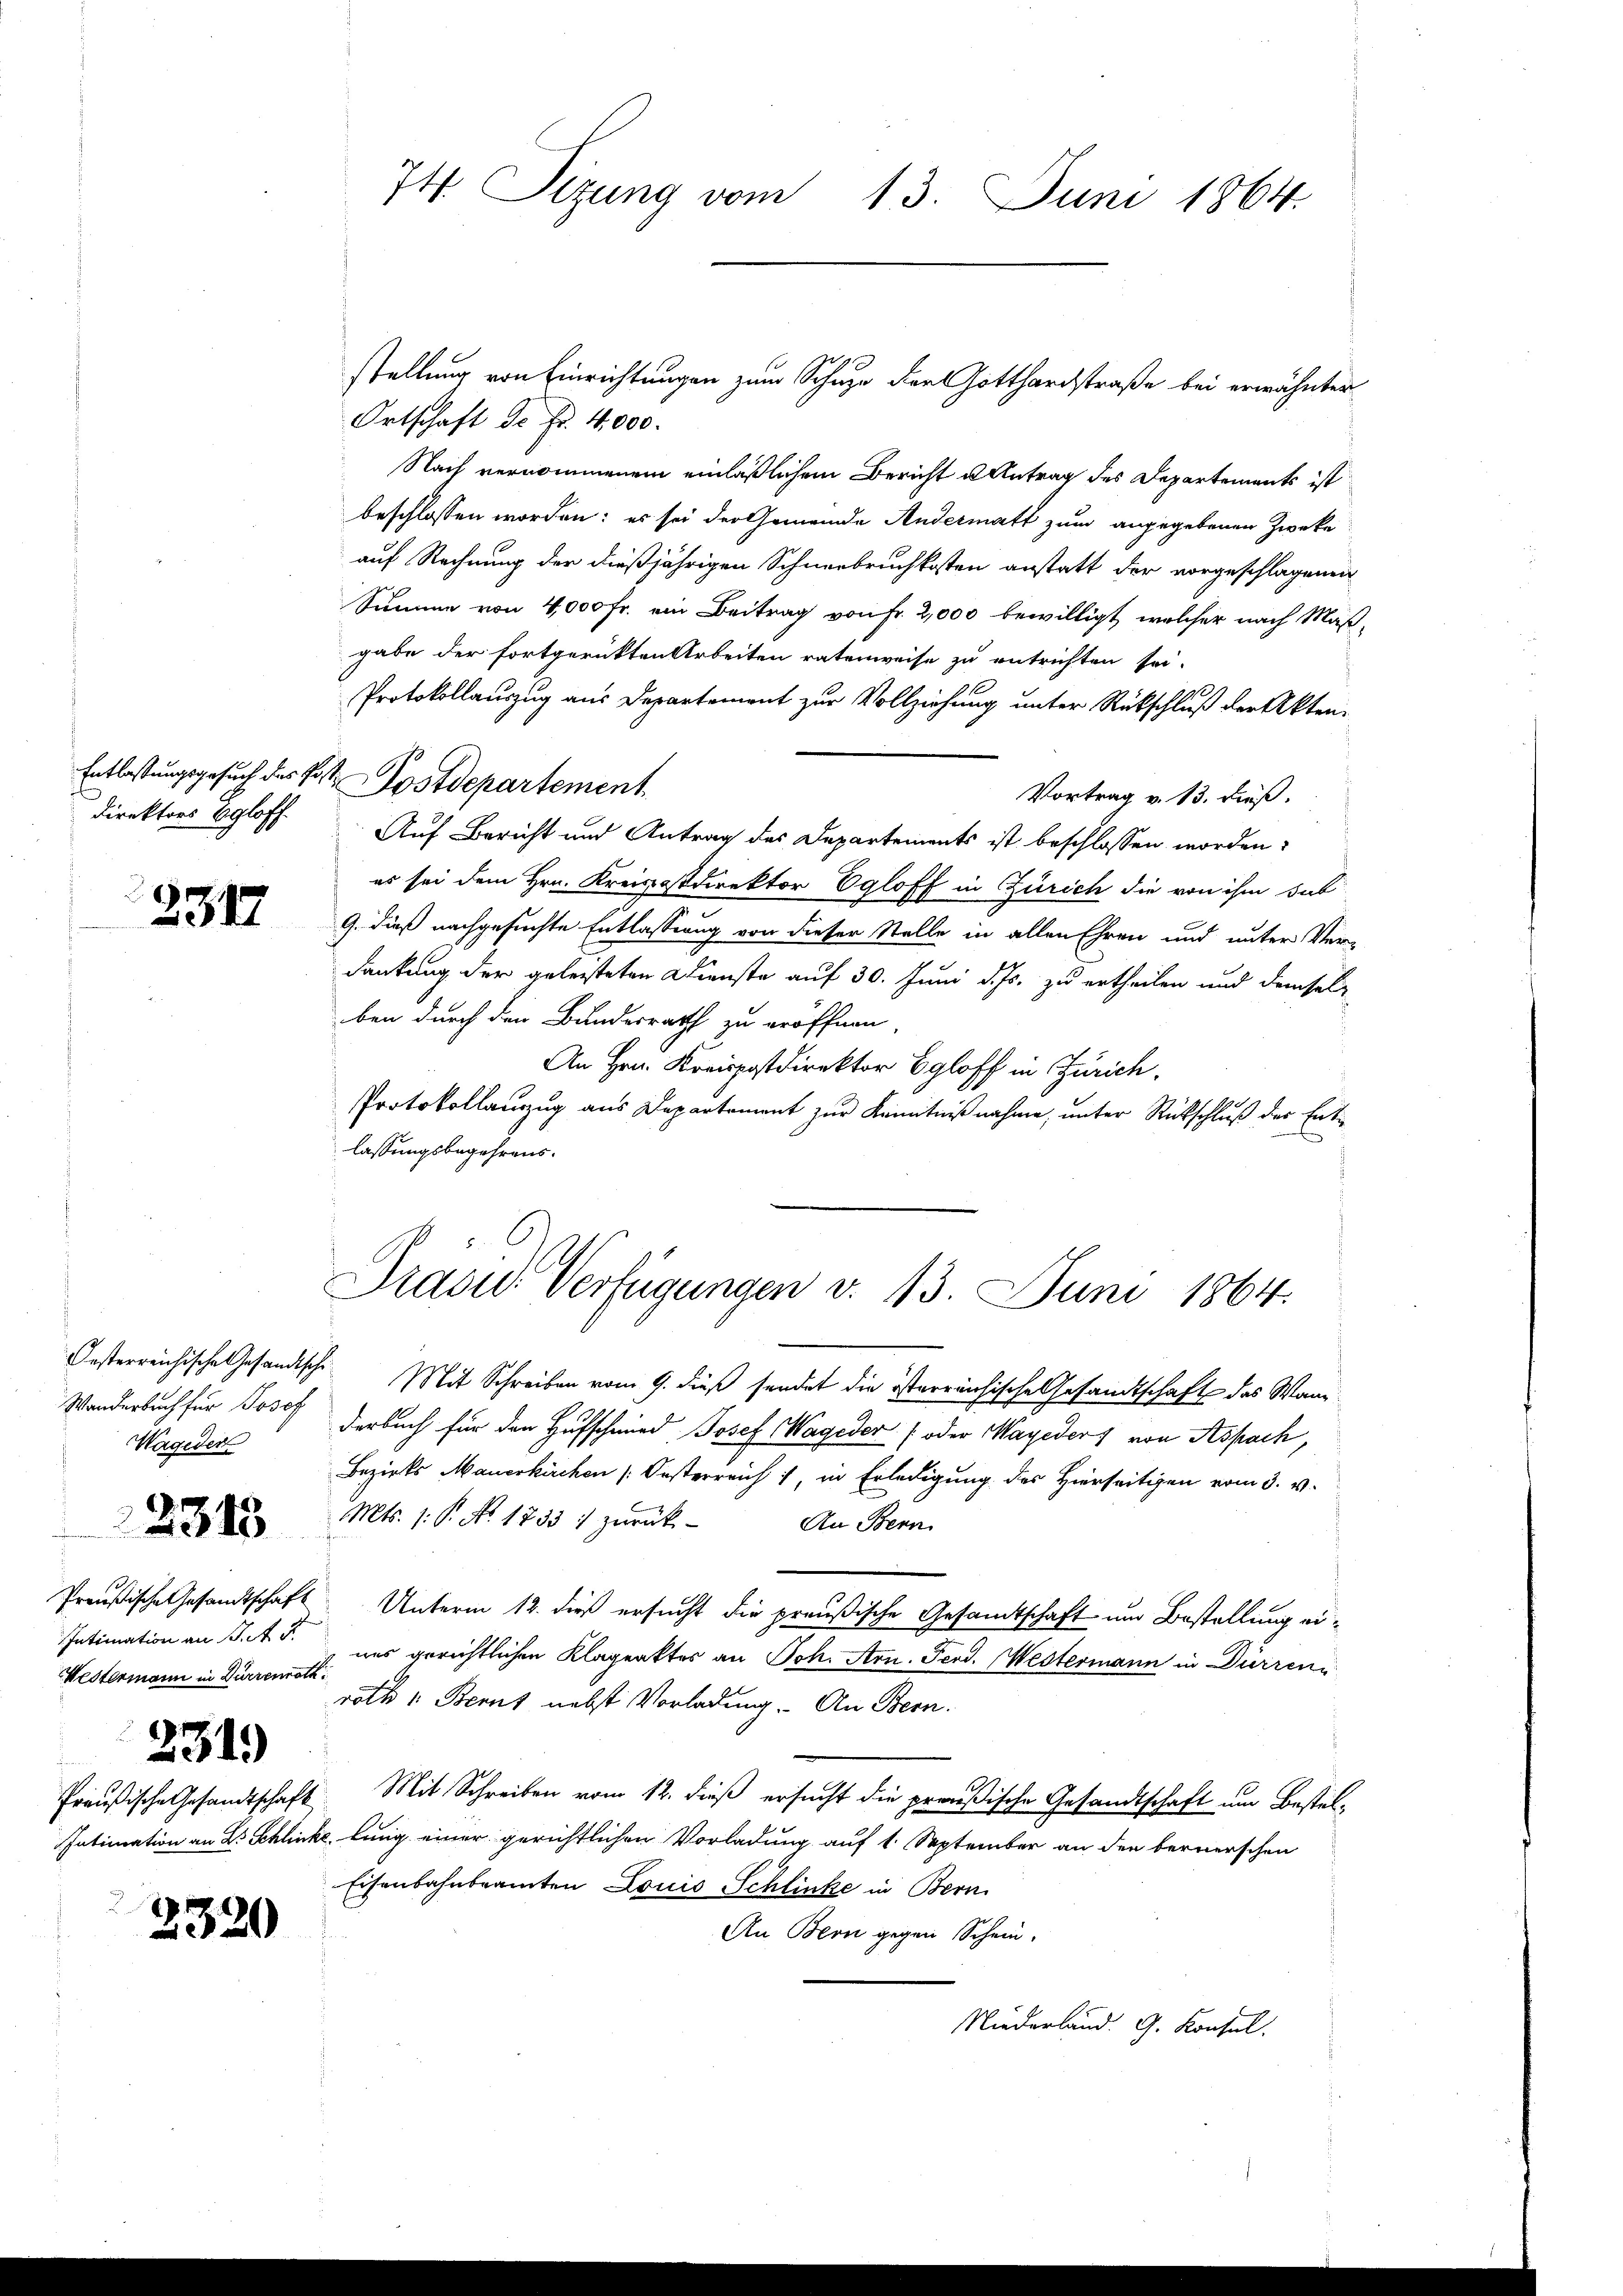
Direktors Egloff.

2
212

Wageden

Intimation an J. R.
Westermann in Dürrenrath

2313

2319

.
2320

Ortschaft de Fr. 4000.
Nach vernommenem einläßlichem Bericht u Antrag des Departements ist
beschlossen worden; es sei der Gemeinde Andermatt zum angegebenen Zwecke
auf Rechnung der dießjährigen Schneebruchkosten anstatt der vorgeschlagenen
Summe von 4,000 Fr. ein Beitrag von Fr. 2,000 bewilligt, welcher nach Maßgabe der fortgerückten Arbeiten ratenweise zu entrichten sei.
Protokollauszug aus Departement zur Vollziehung unter Rückschluß der Akten¬
Entlastungsgesuch des Post Postdepartement
Vortrag v. 13. dieß.
Auf Bericht und Antrag des Departements ist beschlossen worden?
es sei dem Hrn. Kreisostdirektor Egloff in Zürich die von ihm das
9. dieß nachgesuchte Entlassung von dieser Stelle in allen Ehren und unter Ver-
dankung der geleisteten Dienste auf 30. Juni d. Js. zu ertheilen und demselben durch den Bundesrath zu eröffnen
An Hrn. Kreispostdirektor Egloff in Zürich.
Protokollauszug aus Departement zur Kenntnißnahme, unter Rückschluß der Entlassungsbegehrens.

Oesterreichische Gesandtsche Mit Schreiben vom 9. dieß sendet die österreichische Gesandtschaft das Wann
Wanderbach für Josef derbuch für den Hufschmied Josef Wageder (oder Mayeder von Aspach,
Bezirks Mauerkirchen Oesterreich, in Erledigung des Hierseitigen vom 3. v.
Mts. 1. P. No. 1733 :/ zurück-
An Bern.
Preußische Gesandtschaft Unterm 13. dieß ersucht die preußische Gesandtschaft um Bestellung eines gerichtlichen Klageakter an Joh. Arn. Ferd. Westermann in Dürren
roth v. Berat nebst Vorladung. An Bern.
Preußische Gesandtschaft. Mit Schreiben vom 12. dieß ersucht die preußische Gesandtschaft um Bestel¬
Intimation an Dr Schlinkelung einer gerichtlichen Vorladung auf 1. September an den bernerschen
Eisenbahnbeamten Louis Schlinke in Bern
An Bern gegen Schein-

Niederland. G. Konsul

74. Sizung vom 13. Juni 1864.

stellung von Einrichtungen zum Schuze der Gotthardstraße bei erwähnter

Prasid. Verfügungen v. 13. Juni 1864.